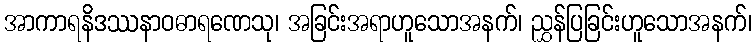
အာကာရနိဒဿနာဝဓာရဏေသု၊ အခြင်းအရာဟူသောအနက်၊ ညွှန်ပြခြင်းဟူသောအနက်၊